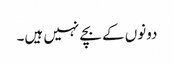
دونوں کے بچے نہیں ہیں۔